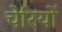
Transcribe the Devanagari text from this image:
चेरियों